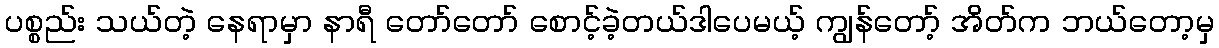
ပစ္စည်း သယ်တဲ့ နေရာမှာ နာရီ တော်တော် စောင့်ခဲ့တယ်ဒါပေမယ့် ကျွန်တော့် အိတ်က ဘယ်တော့မှ